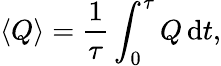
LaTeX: \left<Q\right>={\frac{1}{\tau}}\int_{0}^{\tau}Q\, \mathrm{d}t,